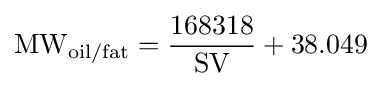
{\textrm {MW}}_{\textrm {oil/fat}}={\frac {168318}{\textrm {SV}}}+38.049